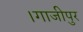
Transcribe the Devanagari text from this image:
।गाजीपुर